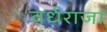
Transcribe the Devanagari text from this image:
वर्धराजा